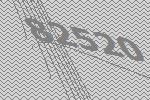
82520